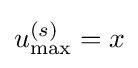
u_{\max }^{(s)}=x